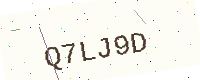
Text: Q7LJ9D